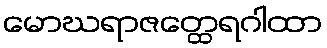
မောဃရာဇတ္ထေရဂါထာ